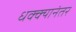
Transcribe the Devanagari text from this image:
धक्क्यानंतर